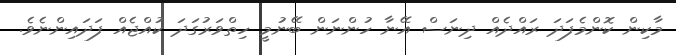
މާކިން ކޮންމެފަދަ ރައްދެއް ދިނަސް އޭނާ ހުންނަން ބޭނުމީ ހިތްވަރުގަދަ ކުއްޖެއް ފަދައިންނެވެ.